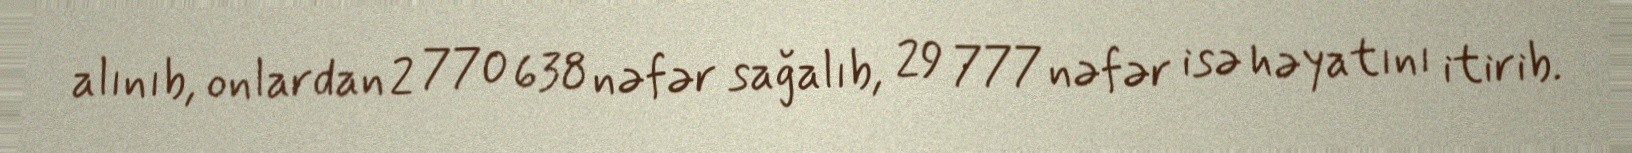
alınıb, onlardan 2 770 638 nəfər sağalıb, 29 777 nəfər isə həyatını itirib.